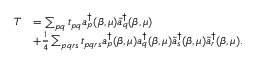
\begin{array} { r l } { T } & { = \sum _ { p q } t _ { p q } a _ { p } ^ { \dagger } ( \beta , \mu ) \tilde { a } _ { q } ^ { \dagger } ( \beta , \mu ) } \\ & { + \frac { 1 } { 4 } \sum _ { p q r s } t _ { p q r s } a _ { p } ^ { \dagger } ( \beta , \mu ) a _ { q } ^ { \dagger } ( \beta , \mu ) \tilde { a } _ { s } ^ { \dagger } ( \beta , \mu ) \tilde { a } _ { r } ^ { \dagger } ( \beta , \mu ) . } \end{array}